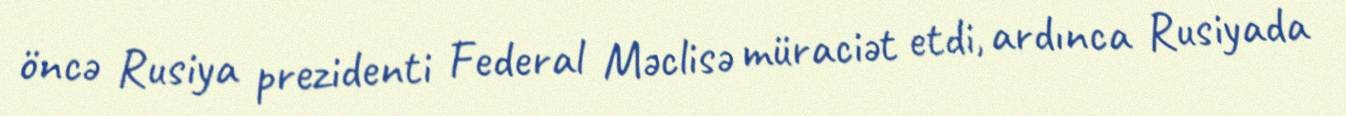
öncə Rusiya prezidenti Federal Məclisə müraciət etdi, ardınca Rusiyada